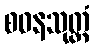
စဝနသုတ္တံ